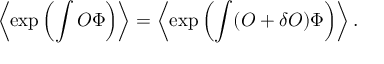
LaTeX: \left\langle \exp \left( \int O \Phi \right) \right\rangle = \left\langle \exp \left( \int ( O + \delta O ) \Phi \right) \right\rangle .